Indian journal of veterinary science and animal husbandry - Volume 8,
Year: 1938
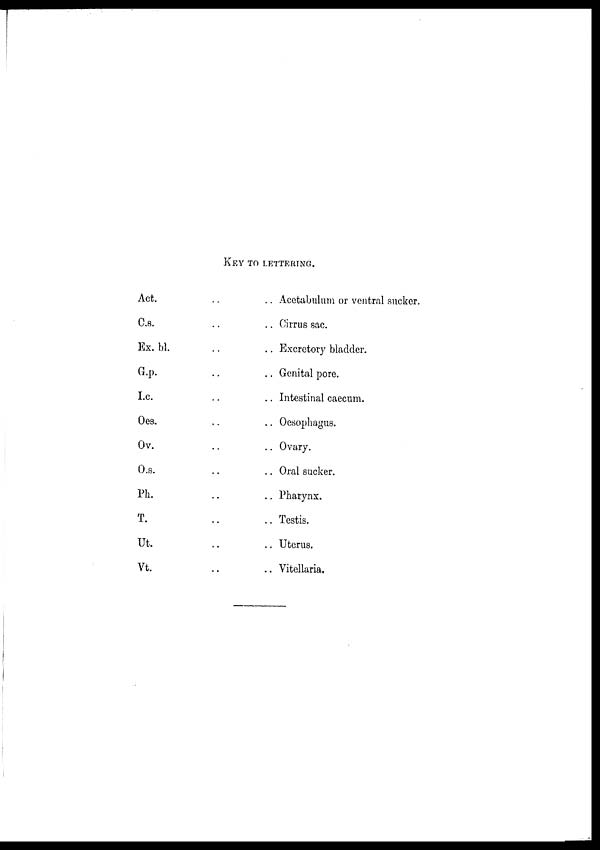
KEY TO LETTERING.
Act. ..
C.s. ..
Ex. bl. ..
G.p. ..
I.c. ..
Oes. ..
Ov. ..
O.s. ..
Ph. ..
T. ..
Ut. ..
Vt. ..
.. Acetabulum or ventral sucker.
.. Cirrus sac.
.. Excretory bladder.
.. Genital pore.
.. Intestinal caecum.
.. Oesophagus.
.. Ovary.
.. Oral sucker.
.. Pharynx.
.. Testis.
.. Uterus.
.. Vitellaria.